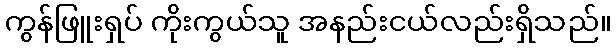
ကွန်ဖြူးရှပ် ကိုးကွယ်သူ အနည်းငယ်လည်းရှိသည်။